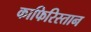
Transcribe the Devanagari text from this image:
काफिरिस्तान